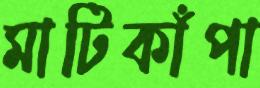
মাটিকাঁপা